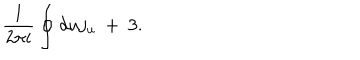
\frac { 1 } { 2 \pi i } \oint d u j _ { u } \ + \ 3 .